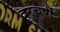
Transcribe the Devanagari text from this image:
दरचर्षी